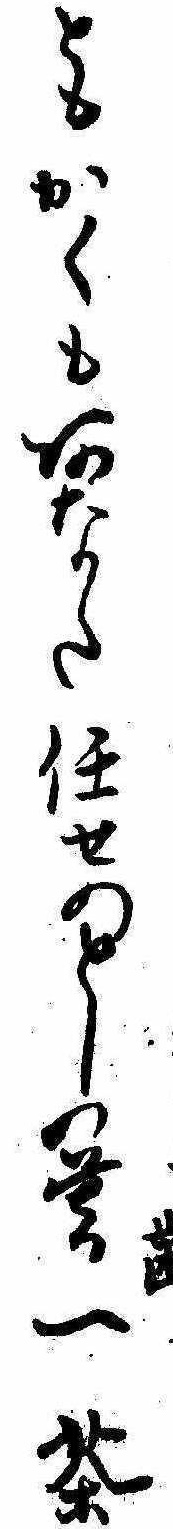
ともかくもあなた任せのとしの暮一茶